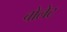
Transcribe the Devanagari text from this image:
चोलेट